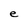
Character: e